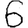
Digit: 6